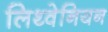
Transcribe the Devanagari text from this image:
लिथ्वेनियन